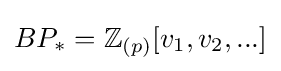
BP_{*}=\mathbb {Z} _{(p)}[v_{1},v_{2},...]